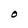
Character: O